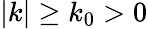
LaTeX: |k|\geq k_{0}>0